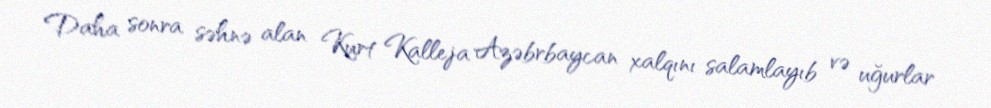
Daha sonra səhnə alan Kurt Kalleja Azəbrbaycan xalqını salamlayıb və uğurlar